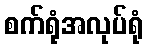
စက်ရုံအလုပ်ရုံ